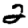
Digit: 2